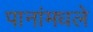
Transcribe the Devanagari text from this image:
पानांमधले